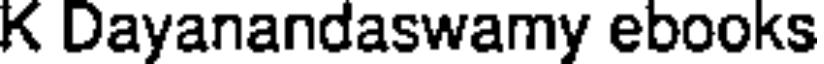
K Dayanandaswamy ebooks